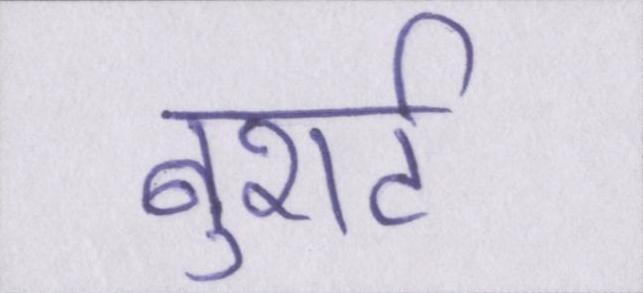
बुशर्ट